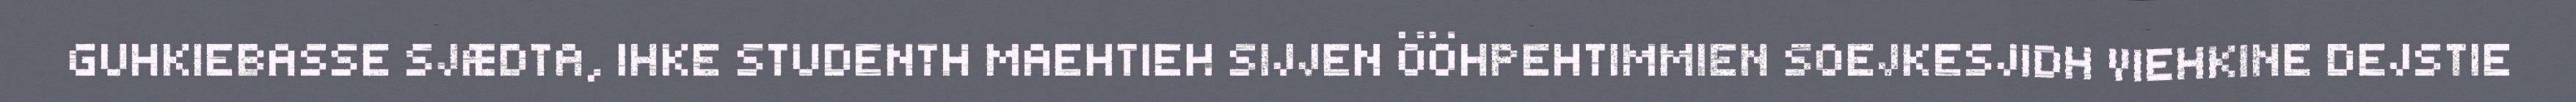
GUHKIEBASSE SJÆDTA, IHKE STUDENTH MAEHTIEH SIJJEN ÖÖHPEHTIMMIEN SOEJKESJIDH VIEHKINE DEJSTIE